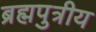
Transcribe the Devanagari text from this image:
ब्रह्मपुत्रीय